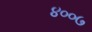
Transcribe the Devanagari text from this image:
४००७